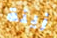
زينة